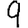
Digit: 9